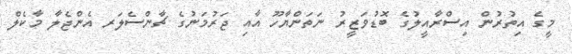
މީގެ އިތުރުން އިސްރާއީލުގެ ބޮޑުވަޒީރު ނަތަންޔާހޫ އާއި ޖަރުމަނުގެ ޗާންސެލަރ އެންޖެލާ މާކެލް